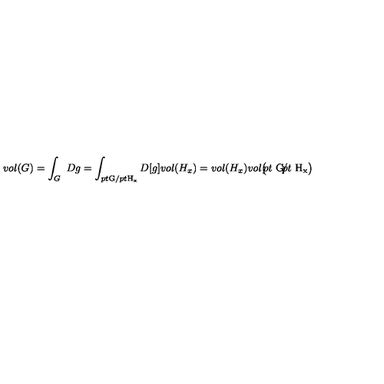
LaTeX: v o l ( G ) = \int _ { G } \ D g = \int _ { \raise 1 p t \mathrm { \scriptstyle G } / \lower 1 p t \mathrm { \scriptstyle H _ x } } D [ g ] v o l ( H _ { x } ) = v o l ( H _ { x } ) v o l \bigl ( \! \! \raise 4 p t \mathrm { \ G } \! / \! \! \! \lower 4 p t \mathrm { \ H _ x } \bigr )